Malaria in the Duars
Disease focus: Malaria
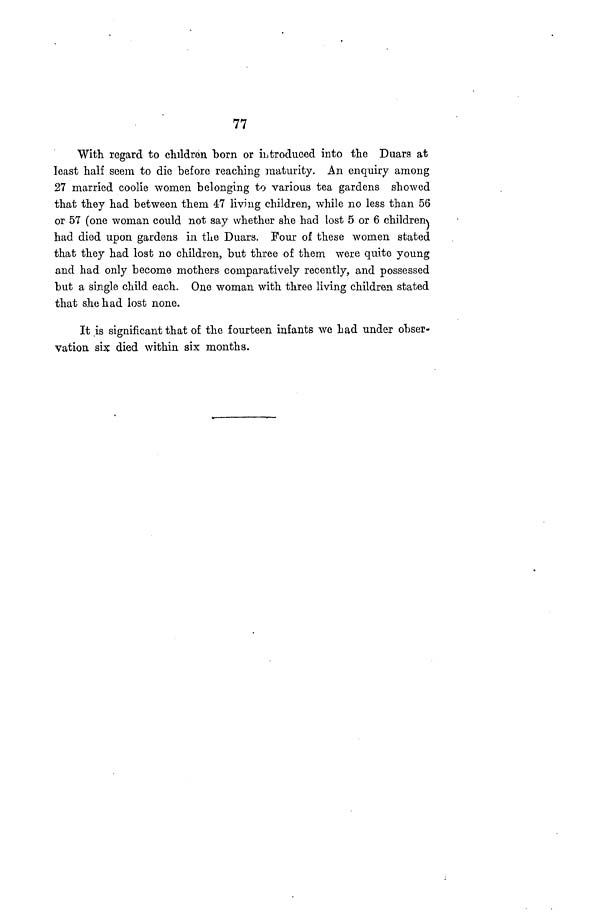
77
With regard to children born or introduced into the Duars at
least half seem to die before reaching maturity. An enquiry among
27 married coolie women belonging to various tea gardens showed
that they had between them 47 living children, while no less than 56
or 57 (one woman could not say whether she had lost 5 or 6 children)
had died upon gardens in the Duars. Four of these women stated
that they had lost no children, but three of them were quite young
and had only become mothers comparatively recently, and possessed
but a single child each. One woman with three living children stated
that she had lost none.
It is significant that of the fourteen infants we had under obser-
vation six died within six months.